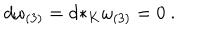
LaTeX: d \omega _ { ( 3 ) } = d { * _ { K } } \omega _ { ( 3 ) } = 0 \ .